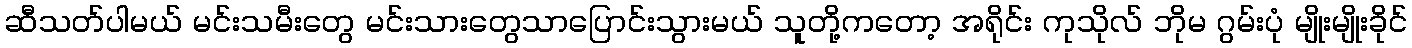
ဆီသတ်ပါမယ် မင်းသမီးတွေ မင်းသားတွေသာပြောင်းသွားမယ် သူတို့ကတော့ အရိုင်း ကုသိုလ် ဘိုမ ဂွမ်းပုံ မျိုးမျိုးခိုင်